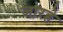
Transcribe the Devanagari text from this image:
जारहे